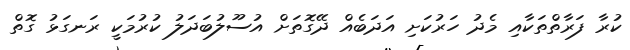
ކުރާ ފަރާތްތަކާއި މެދު ހަރުކަށި އަދަބެއް ދޭގޮތަށް އުސޫލުބަދަލު ކުރުމަކީ ރަނގަޅު ގޮތް